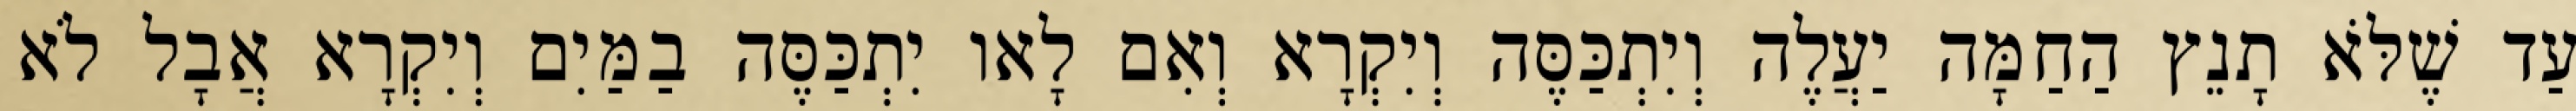
עַד שֶׁלֹּא תָנֵץ הַחַמָּה יַעֲלֶה וְיִתְכַּסֶּה וְיִקְרָא וְאִם לָאו יִתְכַּסֶּה בַמַּיִם וְיִקְרָא אֲבָל לֹא